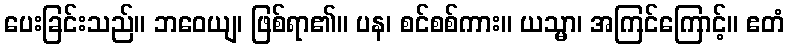
ပေးခြင်းသည်။ ဘဝေယျ၊ ဖြစ်ရာ၏။ ပန၊ စင်စစ်ကား။ ယသ္မာ၊ အကြင်ကြောင့်။ ဧတံ